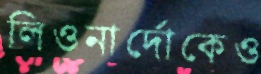
লিওনার্দোকেও